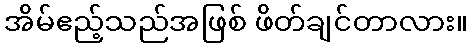
အိမ်ဧည့်သည်အဖြစ် ဖိတ်ချင်တာလား။